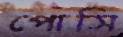
পোসি